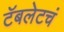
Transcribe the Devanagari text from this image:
टॅबलेटचं